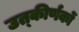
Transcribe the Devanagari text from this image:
उत्‍कीर्णकों